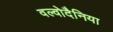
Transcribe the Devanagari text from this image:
वल्वोदैनिया